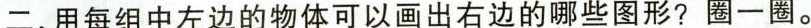
二、用每组中左边的物体可以画出右边的哪些图形?圈一圈。